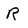
Character: R